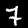
Digit: 7